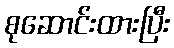
စုဆောင်းထားပြီး